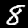
Label: 8